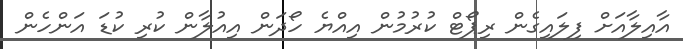
އާއިލާއަށް ފިލައިގެން ރިޕޯޓް ކުރުމުން އިއްޔެ ހޯދަން އިއުލާން ކުރި ކުޑަ އަންހެން